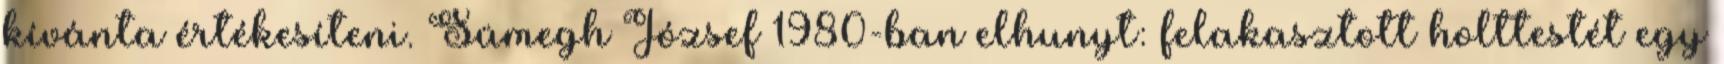
kívánta értékesíteni. Sümegh József 1980-ban elhunyt: felakasztott holttestét egy